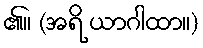
၏။ (အရိ ယာဂါထာ။)